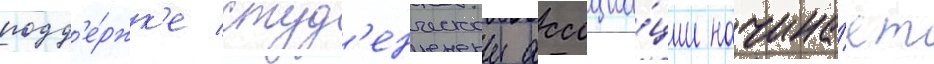
подд'е́ржк'е студ'енческои ассоциа́ции начина́ет